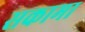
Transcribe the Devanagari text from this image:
सकामा